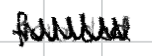
Text: founded
Cross-out: zig-zag
Writing tool: digital_black